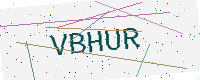
Text: VBHUR